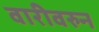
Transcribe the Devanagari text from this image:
वारीवरुन